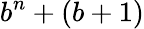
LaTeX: b^{n}+(b+1)